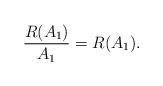
LaTeX: \begin{align*}\frac{R(A_1)}{A_1}=R(A_1).\end{align*}